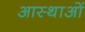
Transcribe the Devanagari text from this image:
आस्‍थाओं